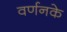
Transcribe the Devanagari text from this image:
वर्णनके